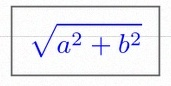
\sqrt{a^2+b^2}